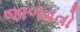
જાળવતો